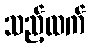
သည့်ထက်